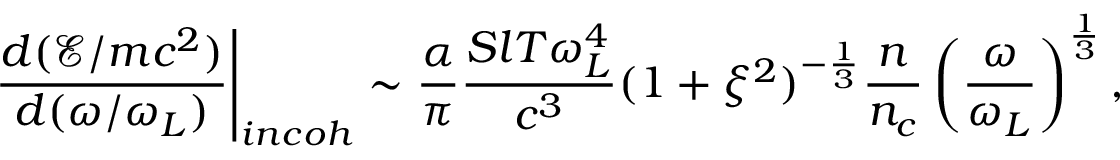
\left. \frac { d ( \mathcal { E } / m c ^ { 2 } ) } { d ( \omega / \omega _ { L } ) } \right| _ { i n c o h } \sim \frac { \alpha } { \pi } \frac { S l T \omega _ { L } ^ { 4 } } { c ^ { 3 } } ( 1 + \xi ^ { 2 } ) ^ { - \frac { 1 } { 3 } } \frac { n } { n _ { c } } \left( \frac { \omega } { \omega _ { L } } \right) ^ { \frac { 1 } { 3 } } ,